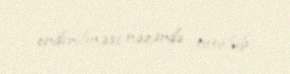
endirilməsi nəzərdə tutulub.